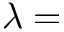
\lambda =